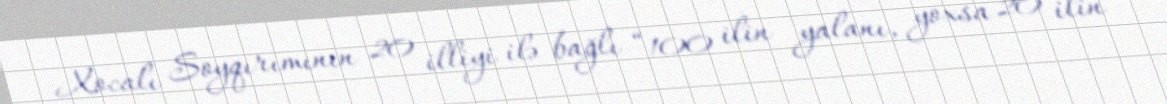
Xocalı Soyqırımının 20 illiyi ilə bağlı “100 ilin yalanı, yoxsa 20 ilin